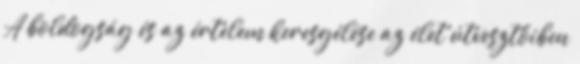
A boldogság és az értelem keresgélése az élet útvesztőiben